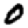
Digit: 0